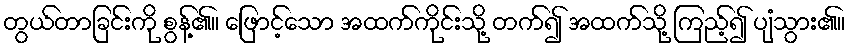
တွယ်တာခြင်းကို စွန့်၏။ ဖြောင့်သော အထက်ကိုင်းသို့ တက်၍ အထက်သို့ ကြည့်၍ ပျံသွား၏။